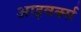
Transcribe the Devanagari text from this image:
आइवर्क्स